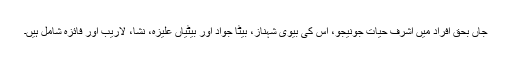
جاں بحق افراد میں اشرف حیات جونیجو، اس کی بیوی شہناز، بیٹا جواد اور بیٹیاں عليزہ، نِشا، لاريب اور فائزه شامل ہیں۔